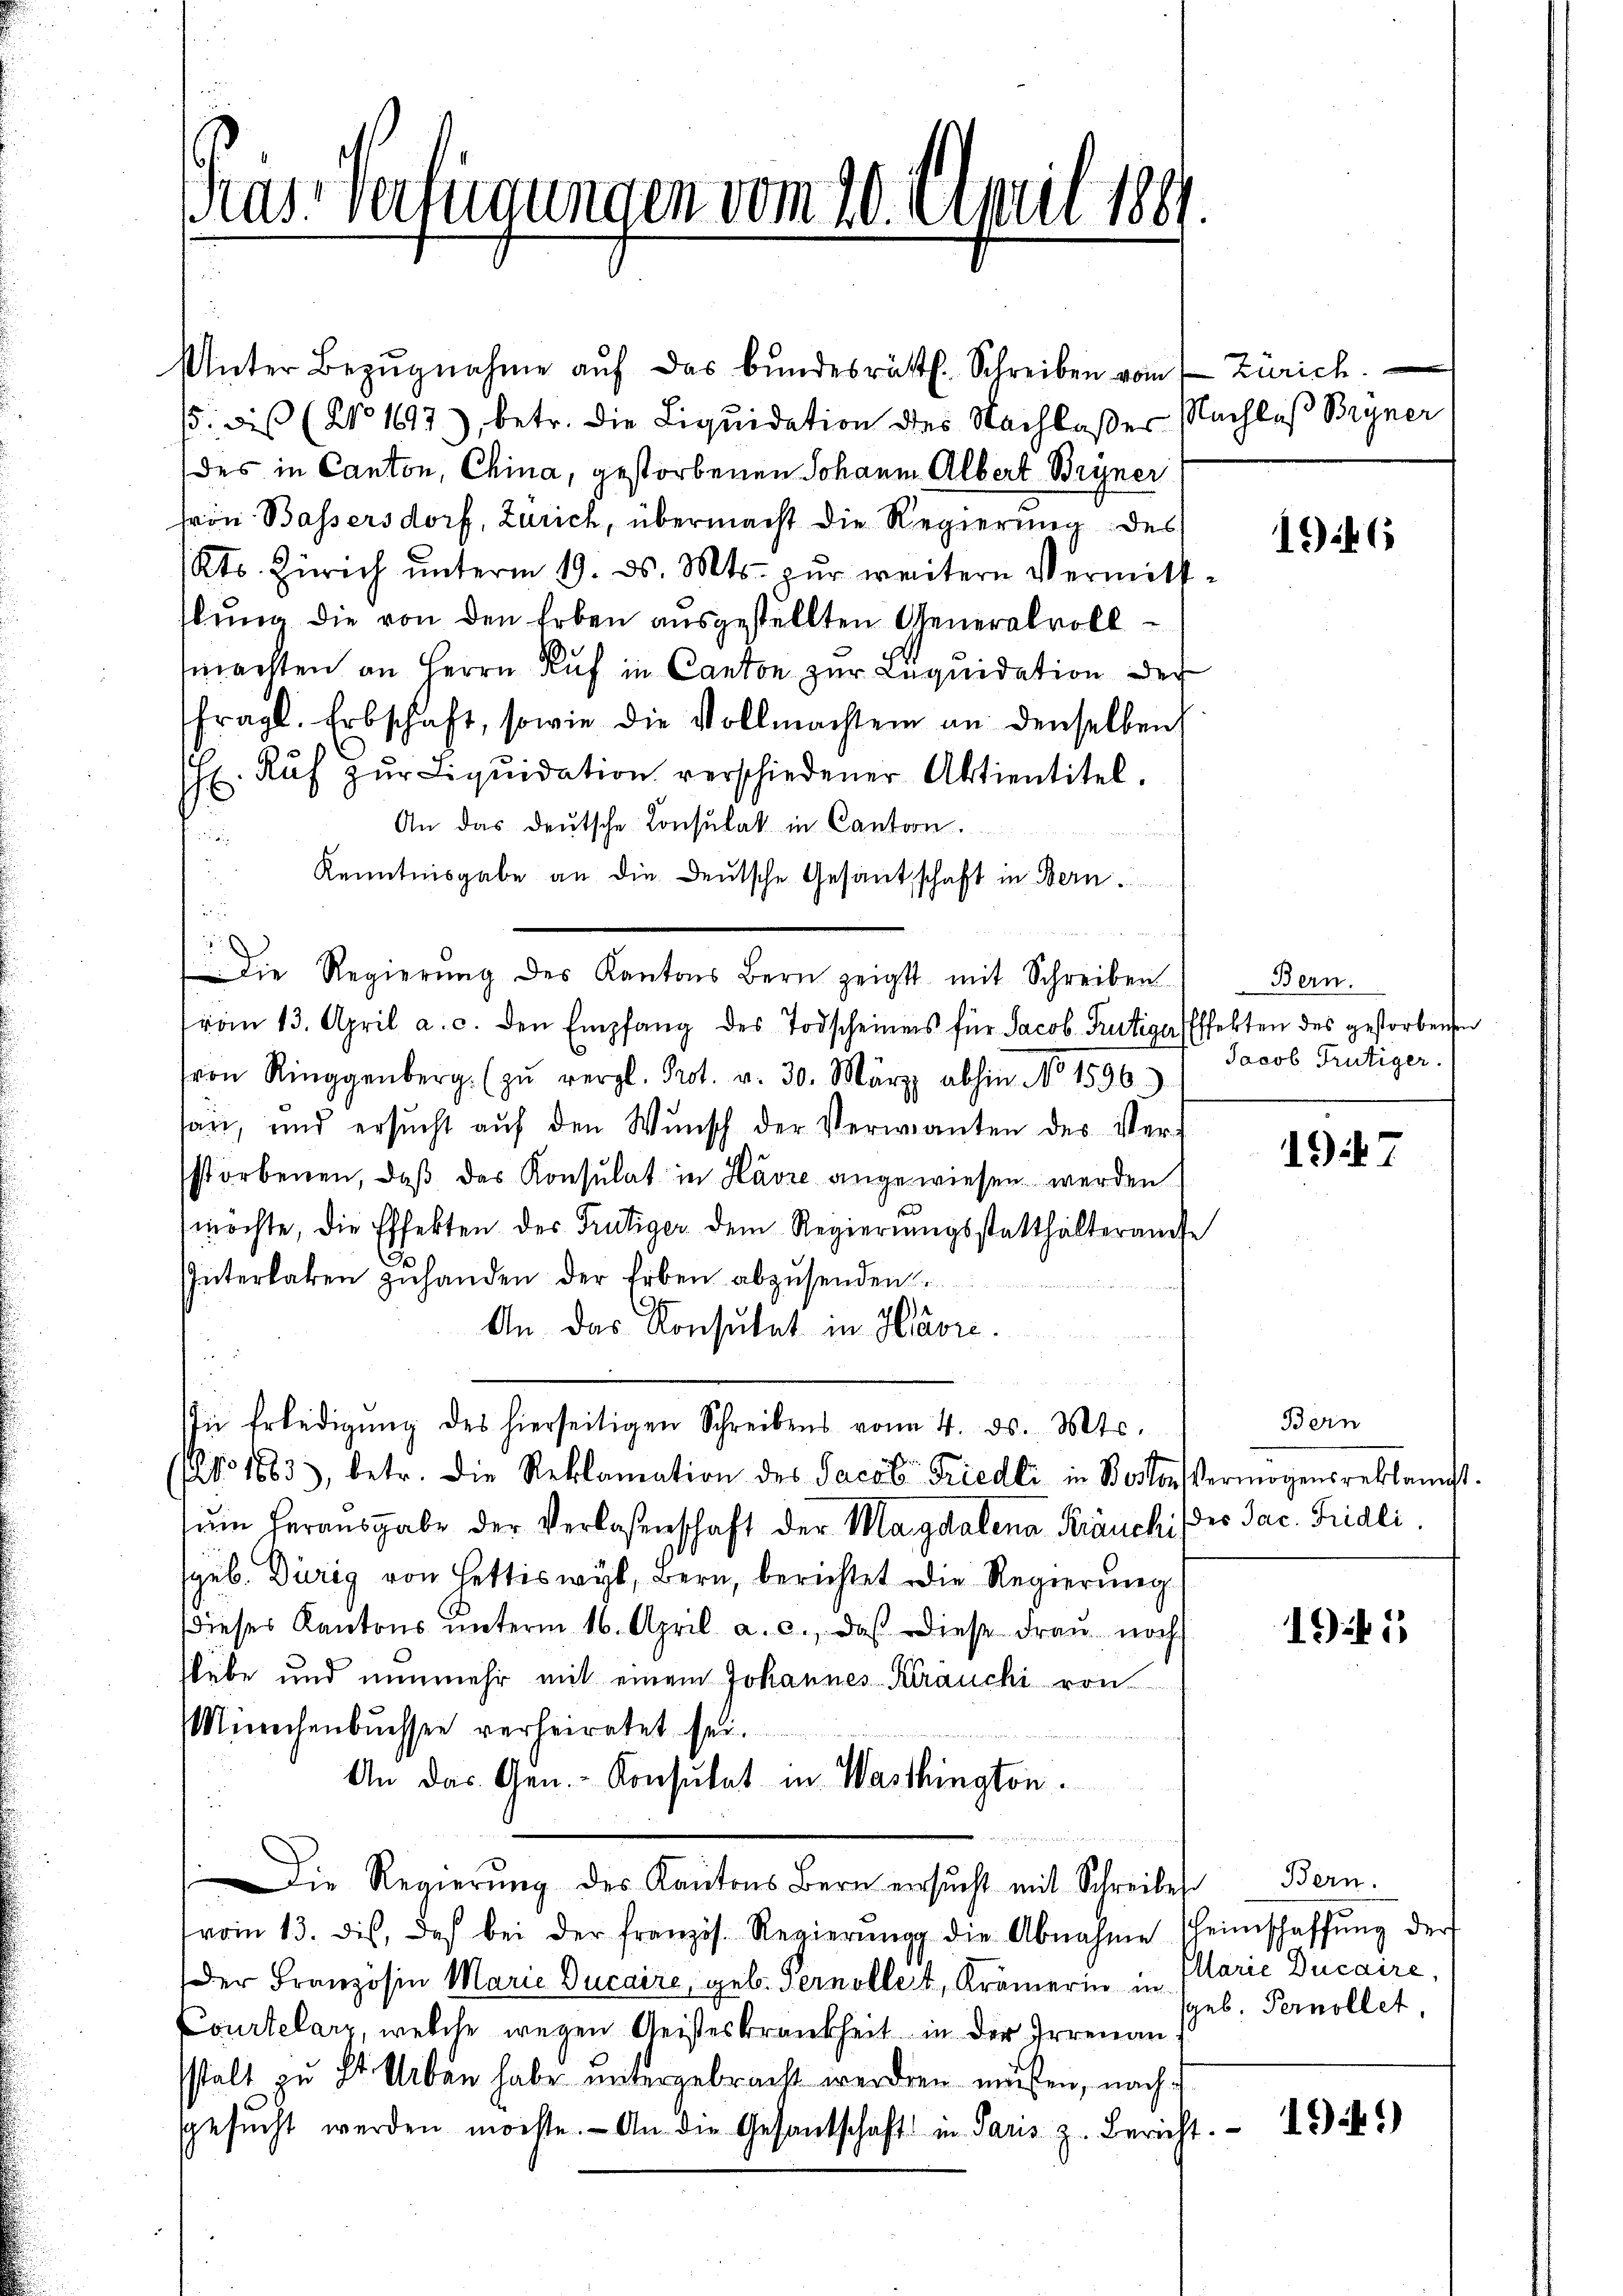
Pas-Verfügungen vom 20. April 1861

Unter Bezŭgnahme aŭf das Bundesräth. Schreiben vom
. des (No 1697), betr. die Liquidation des Nachloßer Nachlaß Bryner
des in Canton, China, gestorbenen Johanne Albert Bryner
hron Bassersdorf, Zürich, übermacht die Regierung des
Kts. Zürich ŭnterm 19. ds. Mts. zŭr weitern Vermitt
flung die von den Erben ausgestellten Generalvollmachten an Herrn Ruf in Canton zur Liquidation der
fragl. Erbschaft, sowie die Vollmachten an denselben
H. Kŭf zŭr Liqŭidation verschiedener Aktientitel.
An das deutsche Consulat in Cantoon.
u
 Kenntnisgabe an die Deutsche Gesantschaft in Bern.

trom 13. April a. c. den Empfang des Todscheines für Jacob Frutige Effekten des gestorbenen
ron Ringgenberg zŭ vergl. Prot. v. 30. März abhin No. 1596
san, und ersŭcht aŭf den Wŭnsch der Verwanten des Verstorbenen, daβ das Konsulat in Havre angewiesen werden
mochte, die Effekten des Frutiger dem Regierŭngsstatthalteramte
.
Interlaken zuhanden der Erben abzusenden.
An. Das Konsulat in Havre.
n Erledigŭng des hierseitigen Schreibens vom 4. ds. Mts.
(Ao 1883, betr. die Reklamation des Jacob Friedli in Boston vermögensreblanst
sum herausgabe der Verlaßenschaft der Magdalena Kräuchi der Jac. Fridli
sgeb. Dürig von Hettiswyl, Bern, berichtet die Regierung
Dieses Kantons unterm 16. April a. c., daß diese Frau noch
slebe und nunmehr mit einem Johannes Kranchi von
Münchenbuchsen verheiratet sei.
An das Gen.- Konsulat in Washington.
e
Die Regierŭng des Kantons Bern ersŭcht mit Schreibes Bern.
vom 13. ds. des bei der französ. Regierŭng die Abnahme scheinschaffŭng der
Der Französin Marie Ducaire, geb. Pernollet, Krämerin in Clarie Ducaire,
Courtelarz, welche wegen Geisteskrankheit in der Irrenau
stalt zu St. Urban habe untergebracht werden müssen, nach
sgesŭcht werden möchte. An die Gesantschaft in Paris z. Bericht

Die Regierŭng des Kantons Bern zeigt mit Schreiben

Zürich.

2

1946

Bern.
Jacob Trütiger.

.

19

Bern

15

sgeb. Pernollet,

19.)